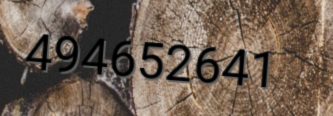
494652641